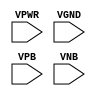
module sky130_fd_sc_ms__tapmet1 (
    VPWR,
    VGND,
    VPB ,
    VNB
);

    input VPWR;
    input VGND;
    input VPB ;
    input VNB ;
endmodule